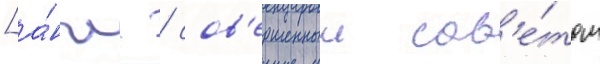
[а́нгл. / сов'ершенныи сов'е́том